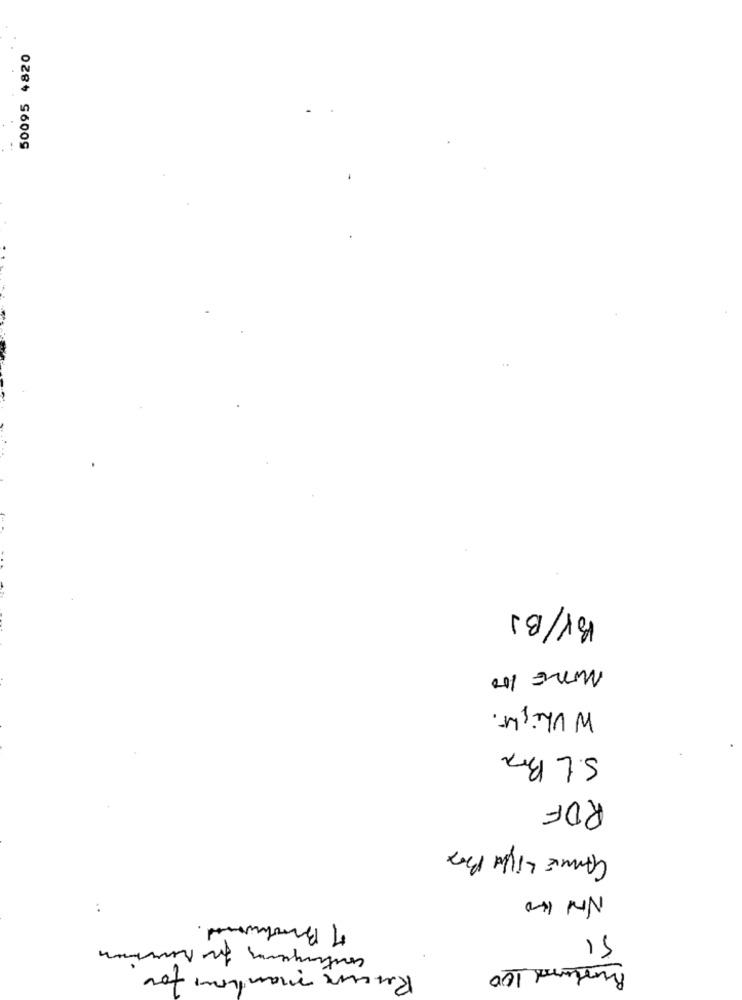
50095 4820
BY/BJ
MORE 100
W Uhight.
S.L Br
RDF
CARIE Light Box
Nov 100
..
7 Brookwood
SI
Recur manhou for.
Rusland 100